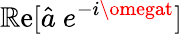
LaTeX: \operatorname{\mathbb{R}e}[\hat{{a}}~e^{-i\omegat}]